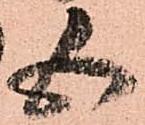
五